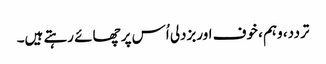
تردد، وہم ، خوف اوربزدلی اُس پر چھائے رہتے ہیں۔